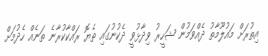
އިތުރަށް މައުލޫމާތު ދެއްވަމުން ޝަހީރު ވިދާޅުވީ ދެކުނުގައި ތެޔޮ ރައްކާކުރާނެ ތަނެއް ހެދުމަށް